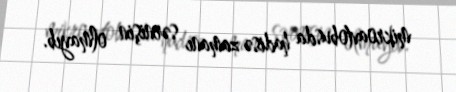
mikroavtobusda hadisə zamanı sərnişin olmayıb.